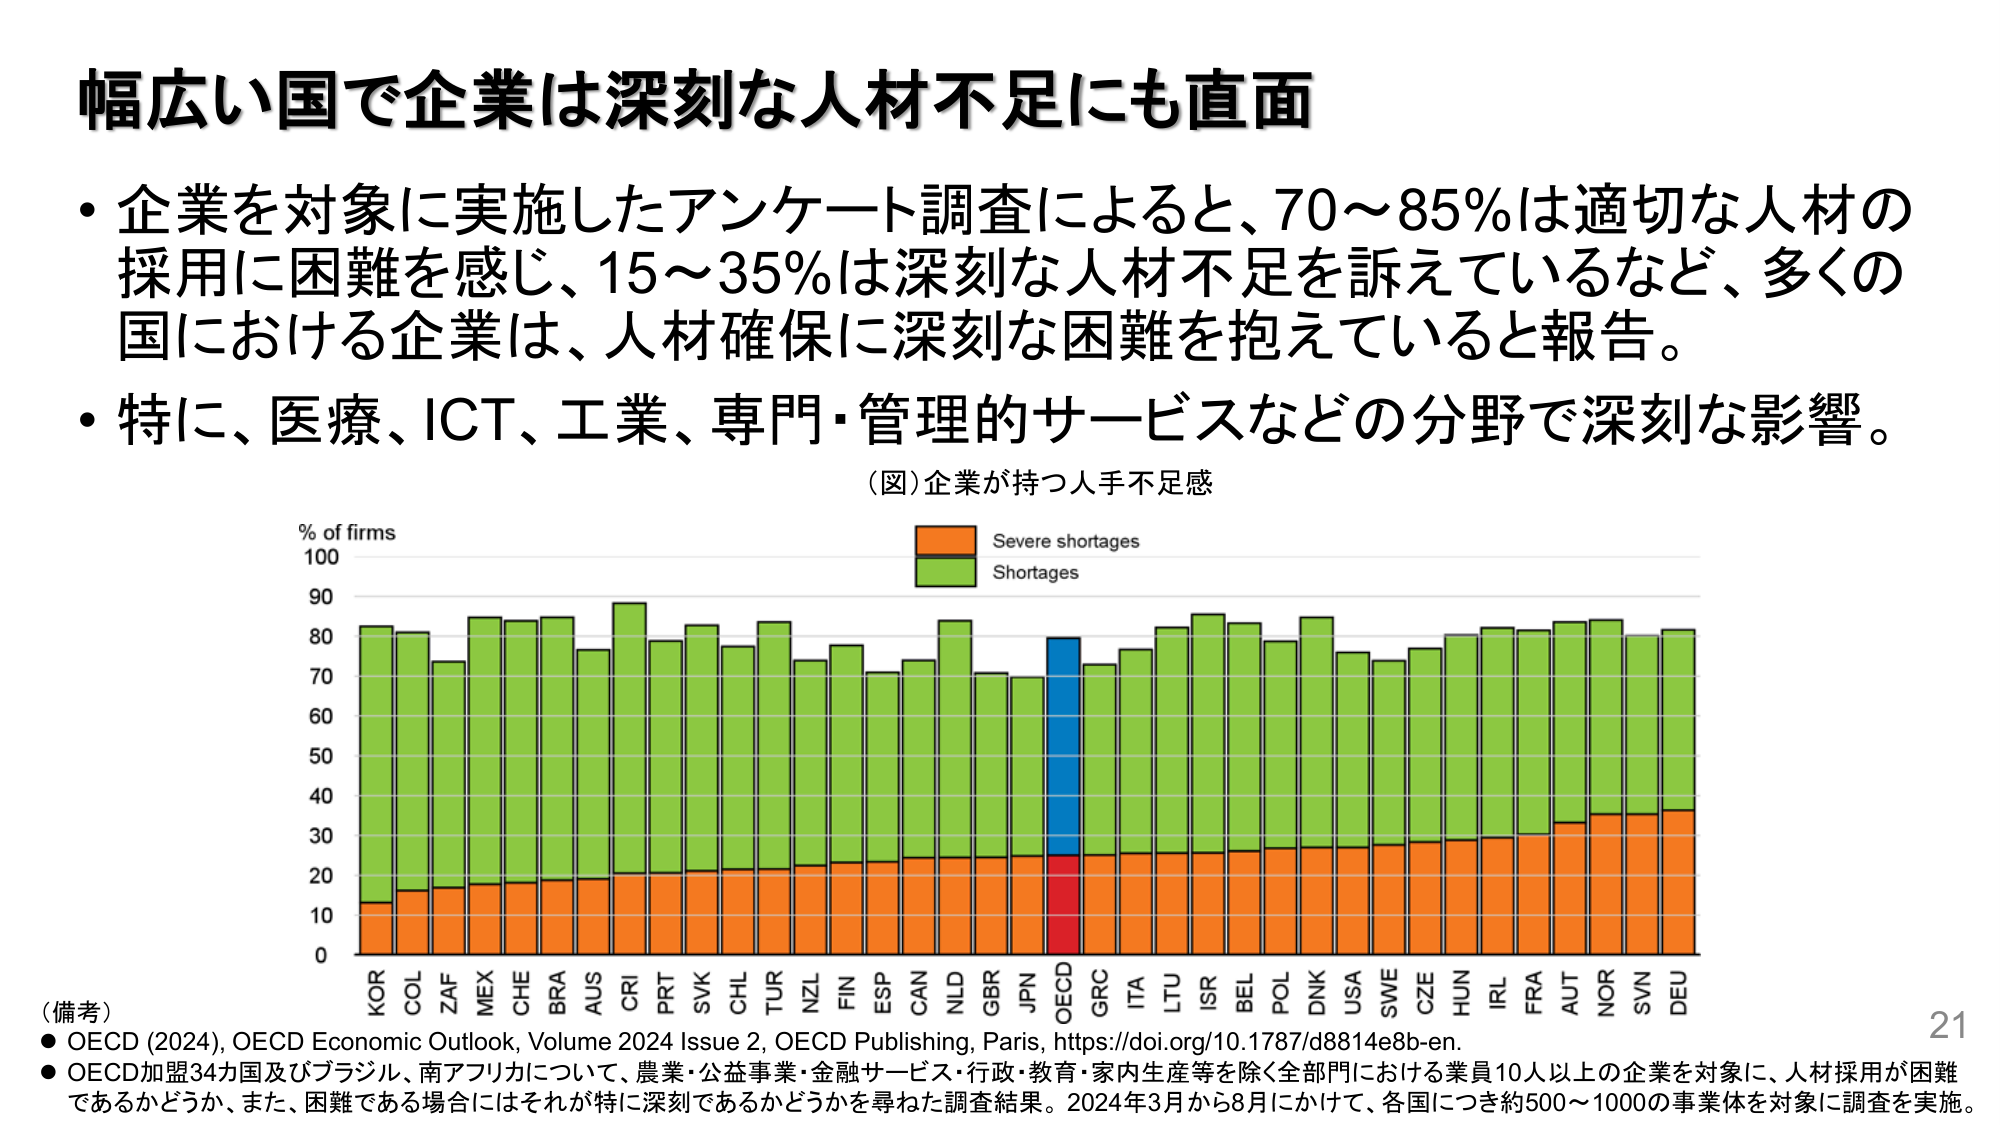
幅広い国で企業は深刻な人材不足にも直面

・企業を対象に実施したアンケート調査によると、70～85％は適切な人材の採用に困難を感じ、15～35％は深刻な人材不足を訴えているなど、多くの国における企業は、人材確保に深刻な困難を抱えていると報告。

・特に、医療、ICT、工業、専門・管理的サービスなどの分野で深刻な影響。

（図）企業が持つ人手不足感

% of firms
100
90
80
70
60
50
40
30
20
10
0

Severe shortages
Shortages

KOR COL ZAF MEX CHE BRA AUS CRT PRT SVK CHL TUR NZL FIN ESP CAN NLD GBR JPN OECD GRC ITA LTU ISR BEL POL DNK USA SWE CZE HUN IRL FRA AUT NOR SVN DEU

（備考）
● OECD (2024), OECD Economic Outlook, Volume 2024 Issue 2, OECD Publishing, Paris, https://doi.org/10.1787/d8814e8b-en.
● OECD加盟34カ国及びブラジル、南アフリカについて、農業・公益事業・金融サービス・行政・教育・家内生産等を除く全部門における業員10人以上の企業を対象に、人材採用が困難であるかどうか、また、困難である場合にはそれが特に深刻であるかどうかを尋ねた調査結果。2024年3月から8月にかけて、各国につき約500～1000の事業体を対象に調査を実施。

21